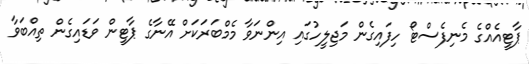
ޕާޓީއެއްގެ މެނިފެސްޓޯ ހިފައިގެން މަޖިލީހުގައި އިންނަވާ މެމްބަރަކަށް އޭނާގެ ޕާޓީން ވަޑައިގެން ތިއްބަވާ